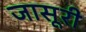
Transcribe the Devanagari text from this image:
जासूरी